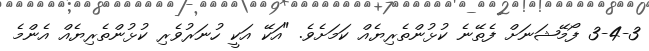
3-4-3 ފޯމޭޝަނަށް ފެތޭނެ ކުޅުންތެރިޔެއް ކަމަށެވެ. "އަކޭ އަކީ ހުނަރުވެރި ކުޅުންތެރިޔެއް އެންމެ